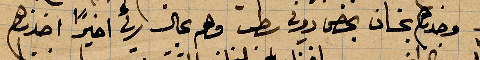
وجدنا بخان بخص دوي سطب وهم بحال رثة اخيرًا اخهم